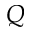
Q